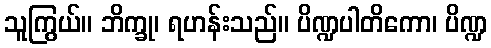
သူကြွယ်။ ဘိက္ခု၊ ရဟန်းသည်။ ပိဏ္ဍပါတိကော၊ ပိဏ္ဍ